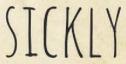
SICKLY